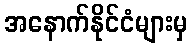
အနောက်နိုင်ငံများမှ